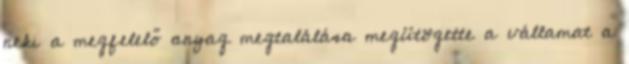
neki a megfelelő anyag megtalálása megütögette a vállamat a